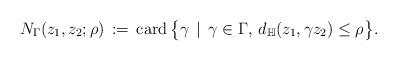
LaTeX: \begin{align*}N_{\Gamma}(z_{1},z_{2};\rho)\,:=\,\mathrm{card}\,\big\lbrace \gamma\,\mid\,\gamma\in\Gamma,\,d_{\mathbb{H}}(z_1,\gamma z_2)\leq \rho \big\rbrace.\end{align*}